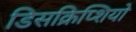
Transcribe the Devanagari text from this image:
डिसक्रिप्शियो